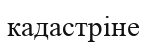
кадастріне